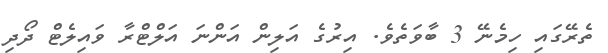
ތެރޭގައި ހިމެނޭ 3 ބާވަތެވެ. އިރުގެ އަލިން އަންނަ އަލްޓްރާ ވައިލެޓް ދޯދި